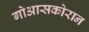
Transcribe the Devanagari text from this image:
गोआसकोरान